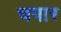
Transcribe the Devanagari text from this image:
चपार